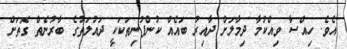
އެވެ. ހިއްސާ ވިއްކުމާ ދިމާލަށް ދާއިރު ބައެއް ކުންފުނިތަކަކީ ދައުލަތުގެ ބާރުނެތް ގޮތަށް